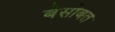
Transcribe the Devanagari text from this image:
बेसोबत